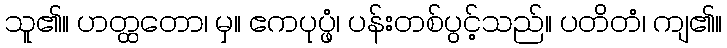
သူ၏။ ဟတ္ထတော၊ မှ။ ဧကပုပ္ဖံ၊ ပန်းတစ်ပွင့်သည်။ ပတိတံ၊ ကျ၏။